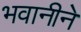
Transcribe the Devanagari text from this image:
भवानीने